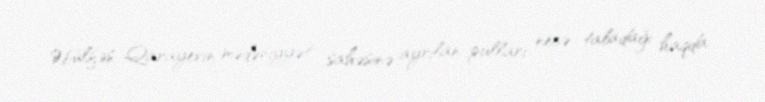
Əbülfəs Qarayevin mədəniyyət sahəsinə ayrılan pulları necə taladağı haqda